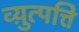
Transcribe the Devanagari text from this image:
व्य़ुत्पत्ति